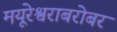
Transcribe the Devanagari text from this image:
मयूरेश्वराबरोबर